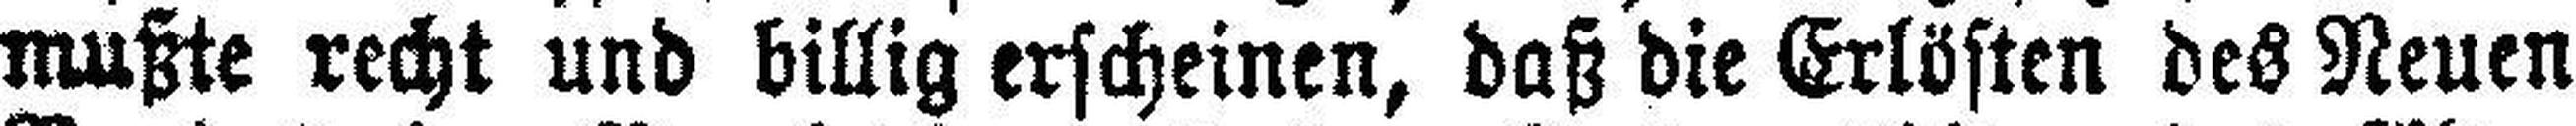
mußte recht und billig erscheinen, daß die Erlösten des Neuen